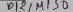
Text: D12/MISO